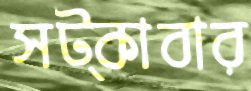
সট্‌কাবার